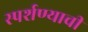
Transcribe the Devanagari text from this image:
स्पर्शण्याची